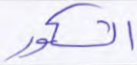
الشكور